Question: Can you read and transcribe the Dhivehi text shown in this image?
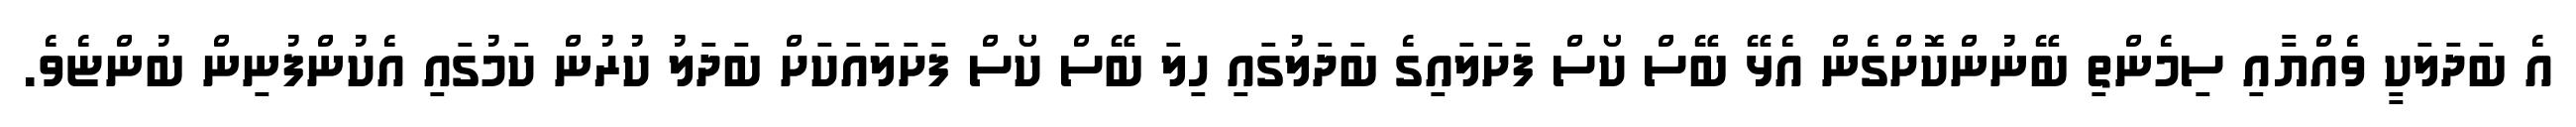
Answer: އެ ބަދަލަކީ ވެއްޔާއި ސިމެންތި ބޭނުންކޮށްގެން އެޅޭ ބޭސް ކޯސް ފަށަލައިގެ ބަދަލުގައި ހިލަ ބޭސް ކޯސް ފަށަލައަކަށް ބަދަލު ކުރުން ކަމުގައި އެކުންފުނިން ބުންޏެވެ.